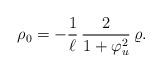
\begin{align*}\rho_0=-\frac{1}{\ell}\,\frac{2}{1+\varphi_u^2}\,\varrho.\end{align*}